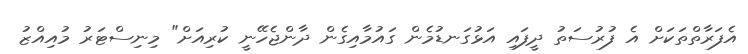
އެފަރާތްތަކަށް އެ ފުރުސަތު ދީފައި އަޅުގަނޑުމެން ގައުމާއިގެން ދާންޖެހޭނީ ކުރިއަށް" މިނިސްޓަރު މުއިއްޒު